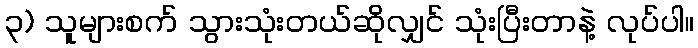
၃) သူများစက် သွားသုံးတယ်ဆိုလျှင် သုံးပြီးတာနဲ့ လုပ်ပါ။